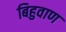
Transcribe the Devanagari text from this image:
बिहुवाण